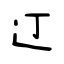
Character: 𫟧